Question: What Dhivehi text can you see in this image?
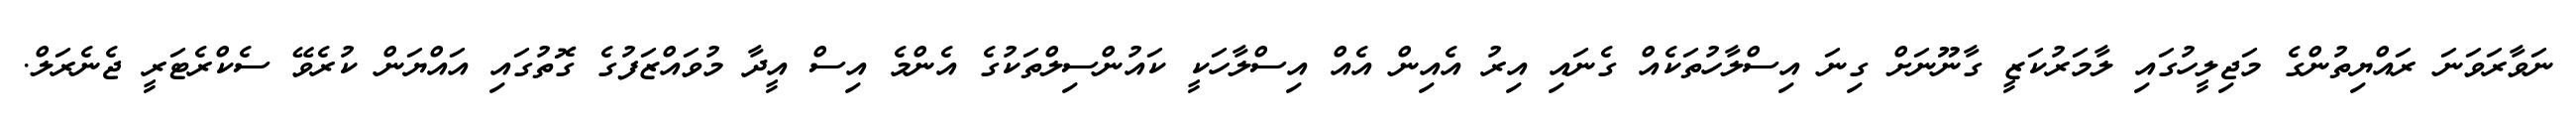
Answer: ނަވާރަވަނަ ރައްޔިތުންގެ މަޖިލީހުގައި ލާމަރުކަޒީ ގާނޫނަށް ގިނަ އިސްލާހުތަކެއް ގެނައި އިރު އެއިން އެއް އިސްލާހަކީ ކައުންސިލްތަކުގެ އެންމެ އިސް އީދާ މުވައްޒަފުގެ ގޮތުގައި އައްޔަން ކުރެވޭ ސެކްރެޓަރީ ޖެނެރަލް.